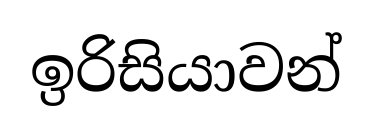
ඉරිසියාවන්